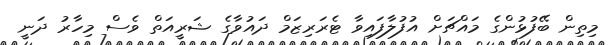
މިތިން ބޭފުޅުންގެ މައްޗަށް އުފުލާފައިވާ ޓެރަރިޒަމް ދައުވާގެ ޝަރީއަތް ވެސް މިހާރު ދަނީ